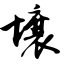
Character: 壤